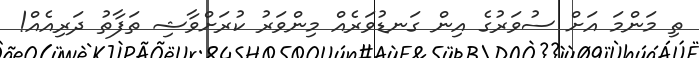
ތި މަންމަ އަށް ސުވަރުގެ އިން ގަނޑުވަރެެއް މިންވަރު ކުރަށްވާޝި ތަފާތު ދަރިއެއް!